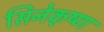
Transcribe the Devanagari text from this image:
सिनेकृष्ण